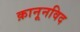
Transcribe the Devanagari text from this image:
क़ानूनविद